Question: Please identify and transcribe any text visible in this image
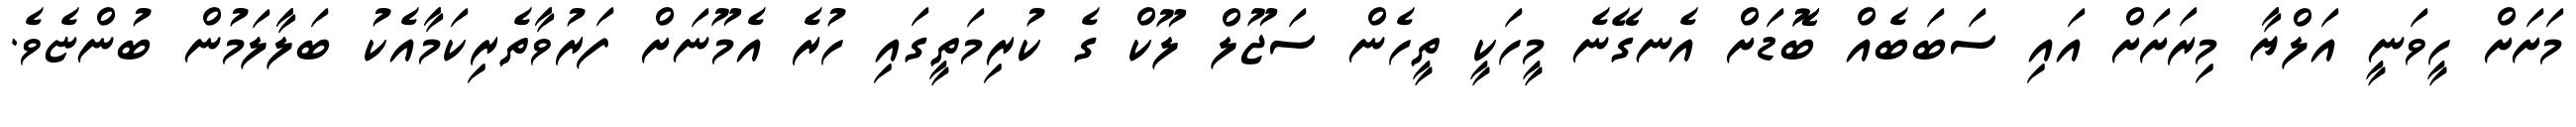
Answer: މަށަށް ހީވަނީ އަލްޔާ މިރަށަށް އައި ސަބަބެއް ބޮޮޑަށް އެނގޭނެ މީހަކީ ތީހެން ސަޖޫލް ލޫކް ގެ ކުރިމަތީގައި ހުރެ އެމޫނަށް ފަރުވާތެރިކަމާއެކު ބަލާލަމުން ބުންޏެވެ.